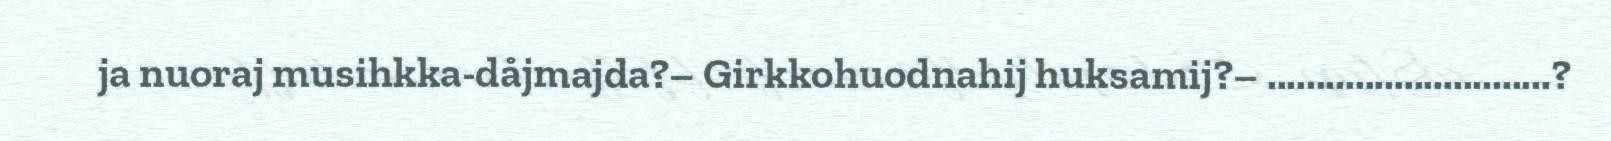
ja nuoraj musihkka-dåjmajda?– Girkkohuodnahij huksamij?– .............................?